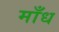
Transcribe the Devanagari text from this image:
माँध